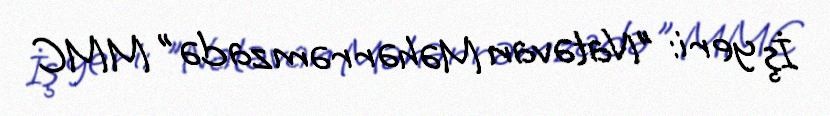
İş yeri: "Natəvan Məhərrəmzadə" MMC